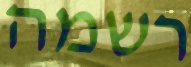
רשמה